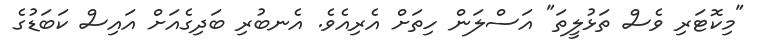
"މިކޮޓަރި ވެސް ތަޅުލީތަ" އަސްލަން ހިތަށް އެރިއެވެ. އެނބުރި ބަދިގެއަށް އައިސް ކަބަޑުގެ